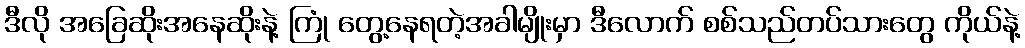
ဒီလို အခြေဆိုးအနေဆိုးနဲ့ ကြုံ တွေ့နေရတဲ့အခါမျိုးမှာ ဒီလောက် စစ်သည်တပ်သားတွေ ကိုယ်နဲ့